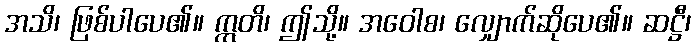
အသိ၊ ဖြစ်ပါပေ၏။ ဣတိ၊ ဤသို့။ အဝေါစ၊ လျှောက်ဆိုပေ၏။ ဆဋ္ဌီ၊